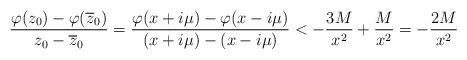
LaTeX: \begin{align*} \frac{\varphi(z_0)-\varphi(\overline z_0)}{z_0-\overline z_0} =\frac{\varphi(x+i\mu)-\varphi(x-i\mu)}{(x+i\mu)-(x-i\mu)} < -\frac{3M}{x^2} + \frac{M}{x^2} = -\frac{2M}{x^2} \end{align*}